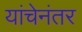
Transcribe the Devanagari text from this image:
यांचेनंतर